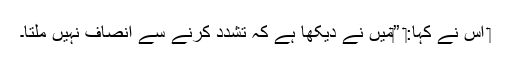
‏ اُس نے کہا:‏ ”‏مَیں نے دیکھا ہے کہ تشدد کرنے سے اِنصاف نہیں ملتا۔